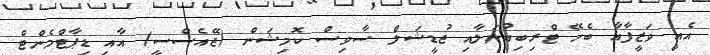
އެއީ ވަޒީފާއާ ބެހޭ ޓްރިބިއުނަލާއި ޖުޑީޝަލް ސާވިސް ކޮމިޝަން (ޖޭއެސްސީ) އާއި ޑިޕާޓްމެންޓް